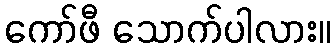
ကော်ဖီ သောက်ပါလား။